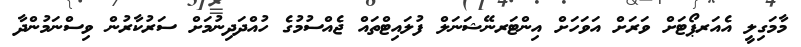
މާމަގިލީ އެއަރޕޯޓަށް ވަރަށް އަވަހަށް އިންޓަރނޭޝަނަލް ފުލައިޓްތައް ޖެއްސުމުގެ ހުއްދަދިނުމަށް ސަރުކާރުން ވިސްނަމުންދާ